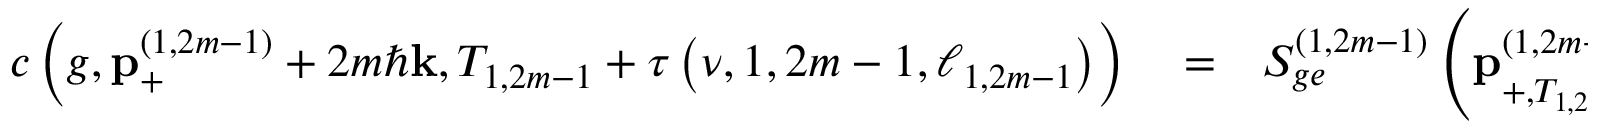
\begin{array} { r l r } { c \left( g , \mathbf { p } _ { + } ^ { \left( 1 , 2 m - 1 \right) } + 2 m \hbar \mathbf { k } , T _ { 1 , 2 m - 1 } + \tau \left( \nu , 1 , 2 m - 1 , \ell _ { 1 , 2 m - 1 } \right) \right) } & { { } = } & { S _ { g e } ^ { \left( 1 , 2 m - 1 \right) } \left( \mathbf { p } _ { + , T _ { 1 , 2 m - 1 } + \tau \left( 1 , 2 m - 1 , \ell _ { 1 , 2 m - 1 } \right) } ^ { \left( 1 , 2 m - 1 \right) } + \left( 4 m - 1 \right) \hbar \mathbf { k } / 2 \right) } \end{array}